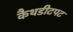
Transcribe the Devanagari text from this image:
कैथडीटपट